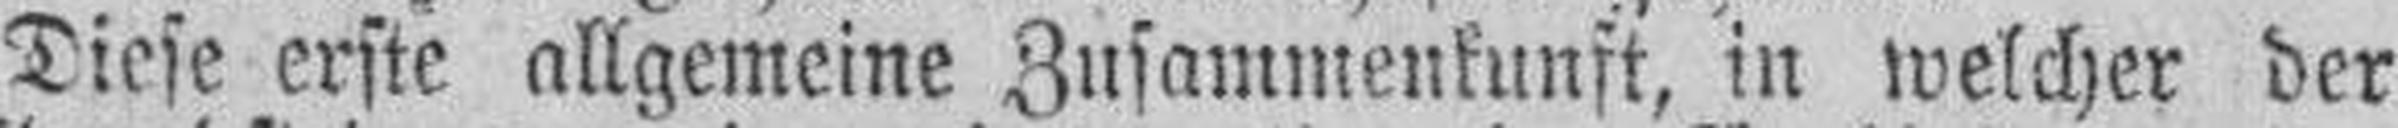
Diese erste allgemeine Zusammenkunft, in welcher der